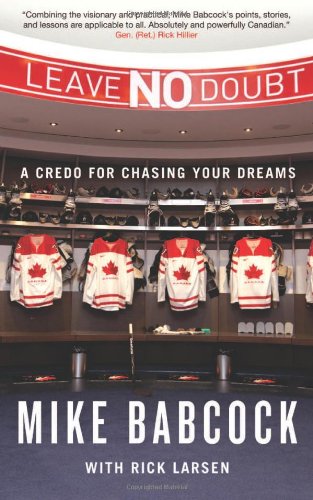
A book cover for Leave No Doubt: A Credo for Chasing Your Dreams; Mike Babcock; Sports & Outdoors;